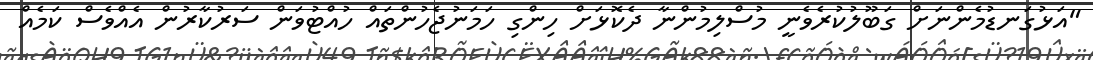
"އަޅުގަނޑުމެންނަށް ގަބޫލުކުރެވެނީ މުސްލިމުންނާ ދެކޮޅަށް ހިންގި ހަމަނުޖެހުންތައް ހުއްޓުވަން ސަރުކާރުން އެއްވެސް ކަމެއް